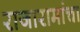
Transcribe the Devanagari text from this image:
राजारामांचा